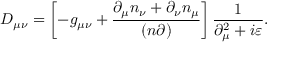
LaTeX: D _ { \mu \nu } = \left[ - g _ { \mu \nu } + \frac { \partial _ { \mu } n _ { \nu } + \partial _ { \nu } n _ { \mu } } { ( n \partial ) } \right] \frac { 1 } { \partial _ { \mu } ^ { 2 } + i \varepsilon } .